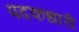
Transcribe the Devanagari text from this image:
पदकधारी